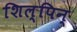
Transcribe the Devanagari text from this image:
शिल्पिन्